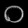
Digit: ၀